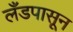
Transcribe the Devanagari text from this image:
लँडपासून